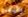
بالبقاء